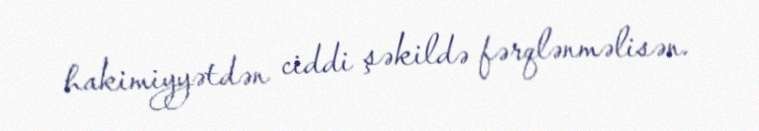
hakimiyyətdən ciddi şəkildə fərqlənməlisən.